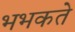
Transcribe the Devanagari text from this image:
भभकते